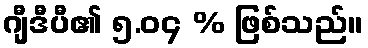
ဂျီဒီပီ၏ ၅.၀၄ % ဖြစ်သည်။